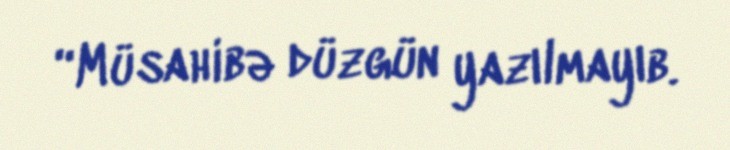
“Müsahibə düzgün yazılmayıb.